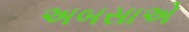
અબસાએ